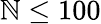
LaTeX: \mathbb{N}\leq100